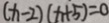
( x - 2 ) ( x + 5 ) = 0